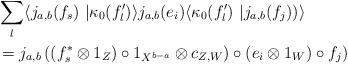
LaTeX: \begin{align*}&\sum_{l}\langle j_{a,b}(f_s)\ |\kappa_{0}(f^{\prime}_{l})\rangle j_{a,b}(e_{i})\langle \kappa_{0}(f^{\prime}_{l})\ | j_{a,b}(f_{j}))\rangle\\&=j_{a,b}\left( (f^{*}_{s}\otimes 1_{Z}) \circ 1_{X^{b-a}}\otimes c_{Z,W})\circ (e_{i}\otimes 1_{W})\circ f_{j}\right)\end{align*}